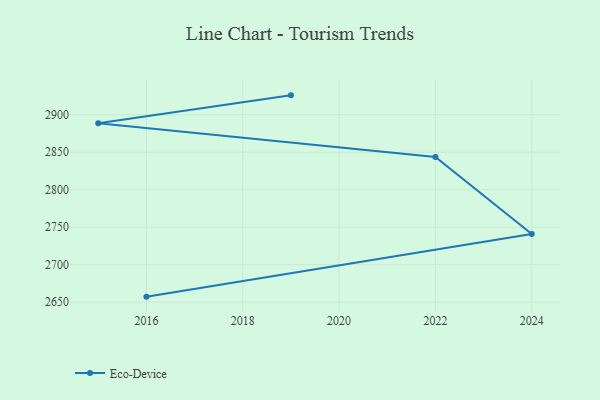
{"axis": {"x": "Year", "y": "Operating Costs (USD K)"}, "legend": ["Eco-Device"], "data": [{"x": "2019", "y": 2925.9, "type": "Eco-Device"}, {"x": "2015", "y": 2888.8, "type": "Eco-Device"}, {"x": "2022", "y": 2843.8, "type": "Eco-Device"}, {"x": "2024", "y": 2741.0, "type": "Eco-Device"}, {"x": "2016", "y": 2657.4, "type": "Eco-Device"}]}